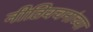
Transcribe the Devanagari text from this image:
नीतिवचनांच्या